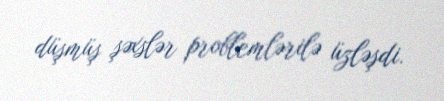
düşmüş şəxslər problemlərilə üzləşdi.